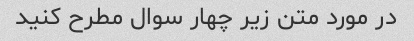
در مورد متن زیر چهار سوال مطرح کنید